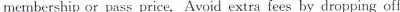
membership or pass price. Avoid extra fees by dropping off